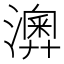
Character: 𤁌